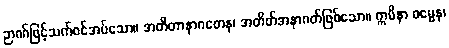
ဉာဏ်ဖြင့်သက်ဝင်အပ်သော။ အတီတာနာဂတေန၊ အတိတ်အနာဂတ်ဖြစ်သော။ ဣမိနာ ဓမ္မေန၊